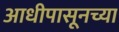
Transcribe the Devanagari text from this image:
आधीपासूनच्या